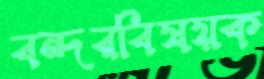
বন্দরবিষয়ক